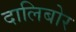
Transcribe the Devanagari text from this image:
दालिबोर